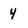
Character: 4